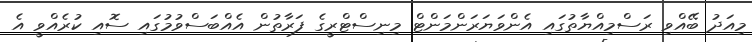
މިއަދު ބޭއްވި ރަސްމިއްޔާތުގައި އެންވަޔަރަންމަންޓް މިނިސްޓްރީގެ ފަރާތުން އެއްބަސްވުމުގައި ސޮއި ކުރެއްވީ އެ